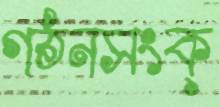
গঠনসংক্